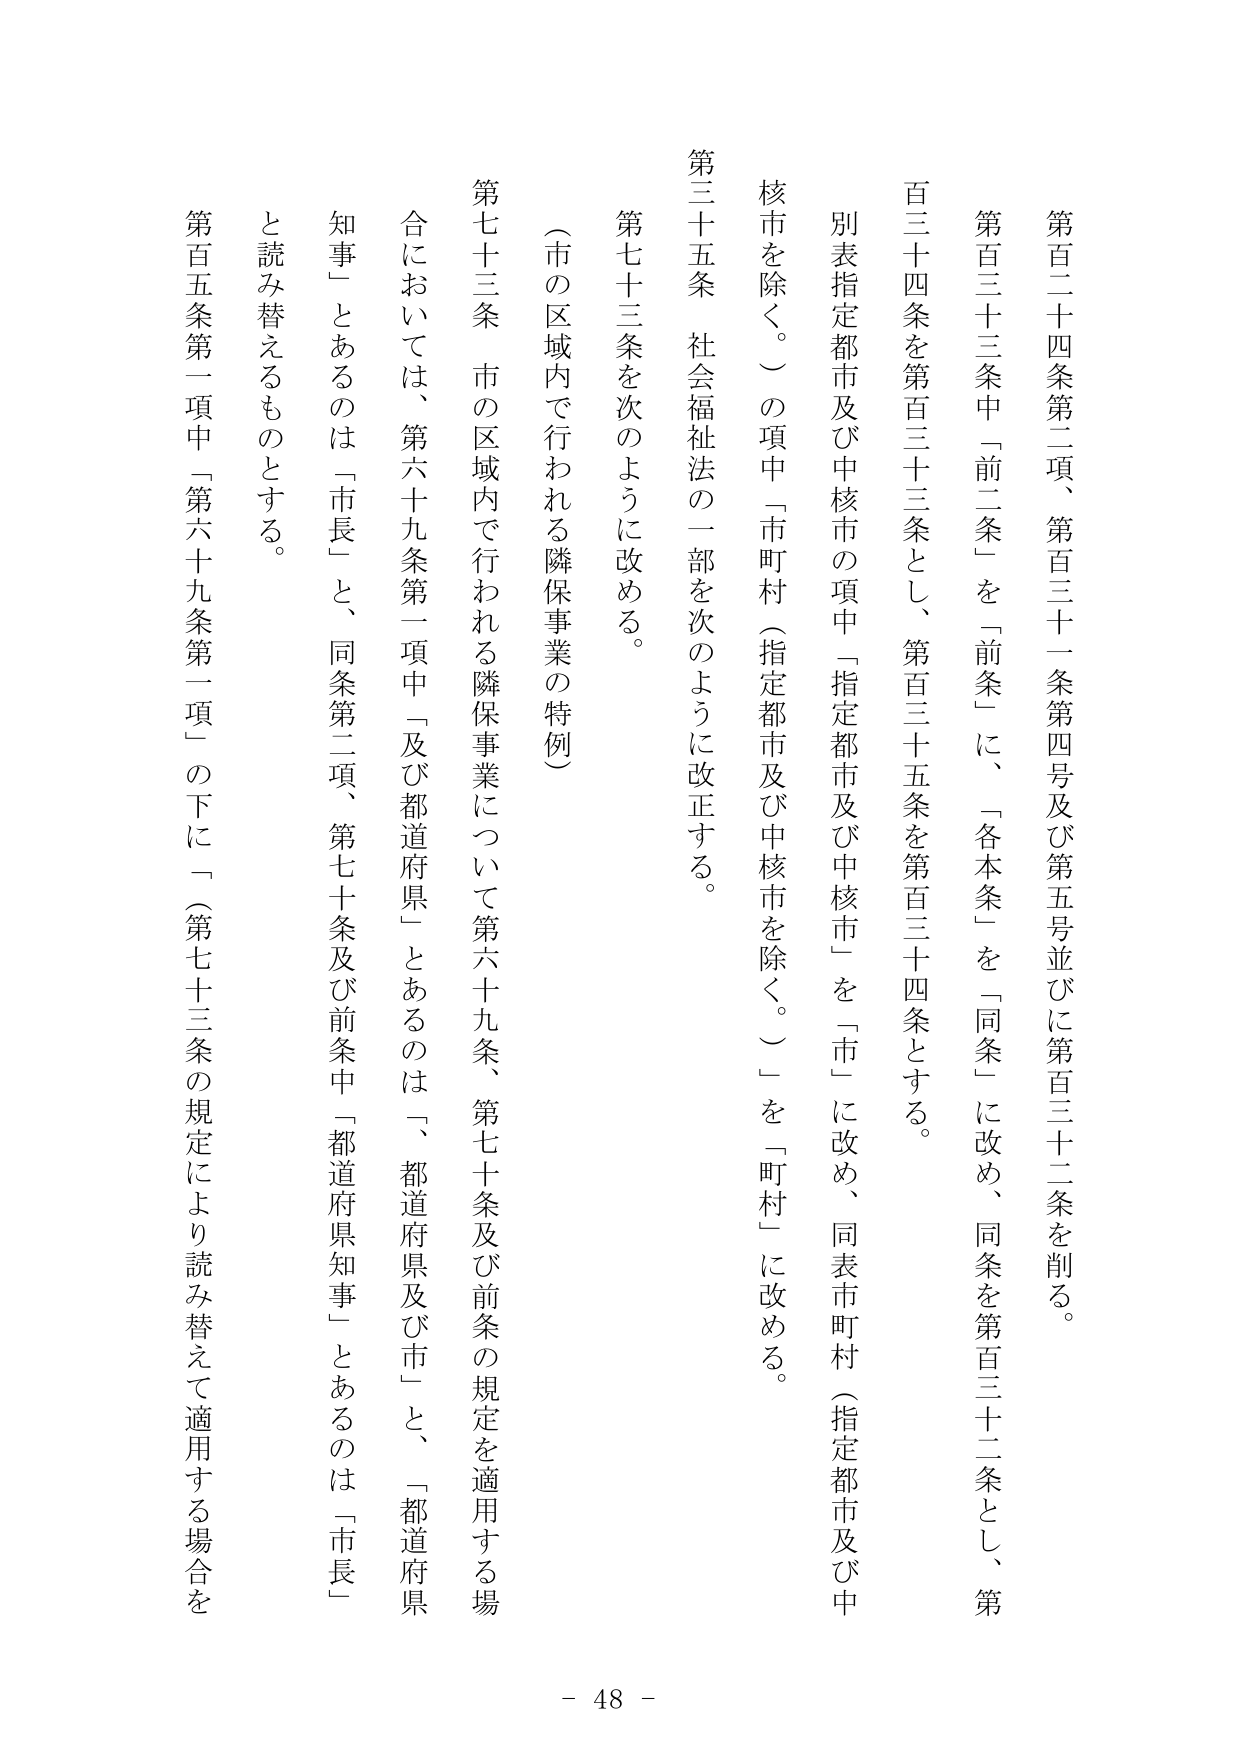
第百二十四条第二項、第百三十一条第四号及び第五号並びに第百三十二条を削る。

第百三十三条中「前二条」を「前条」に、「各本条」を「同条」に改め、同条を第百三十二条とし、第百三十四条を第百三十三条とし、第百三十五条を第百三十四条とする。

別表指定都市及び中核市の項中「指定都市及び中核市」を「市」に改め、同表市町村（指定都市及び中核市を除く。）の項中「市町村（指定都市及び中核市を除く。）」を「町村」に改める。

第三十五条 社会福祉法の一部を次のように改正する。

第七十三条を次のように改める。

（市の区域内で行われる隣保事業の特例）

第七十三条 市の区域内で行われる隣保事業について第六十九条、第七十条及び前条の規定を適用する場合においては、第六十九条第一項中「及び都道府県」とあるのは「、都道府県及び市」と、「都道府県知事」とあるのは「市長」と、同条第二項、第七十条及び前条中「都道府県知事」とあるのは「市長」と読み替えるものとする。

第百五条第一項中「第六十九条第一項」の下に「（第七十三条の規定により読み替えて適用する場合を

- 48 -